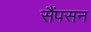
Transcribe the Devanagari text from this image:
सैंपसन